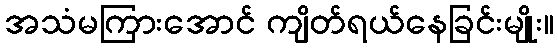
အသံမကြားအောင် ကျိတ်ရယ်နေခြင်းမျိုး။